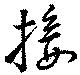
接